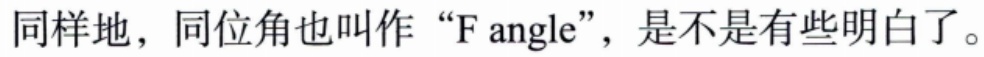
同样地，同位角也叫作“F angle”，是不是有些明白了。